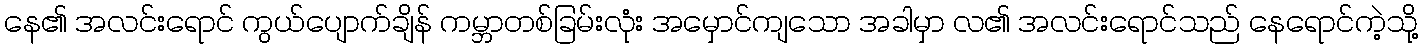
နေ၏ အလင်းရောင် ကွယ်ပျောက်ချိန် ကမ္ဘာတစ်ခြမ်းလုံး အမှောင်ကျသော အခါမှာ လ၏ အလင်းရောင်သည် နေရောင်ကဲ့သို့